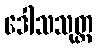
ဒေါသသုတ္တ